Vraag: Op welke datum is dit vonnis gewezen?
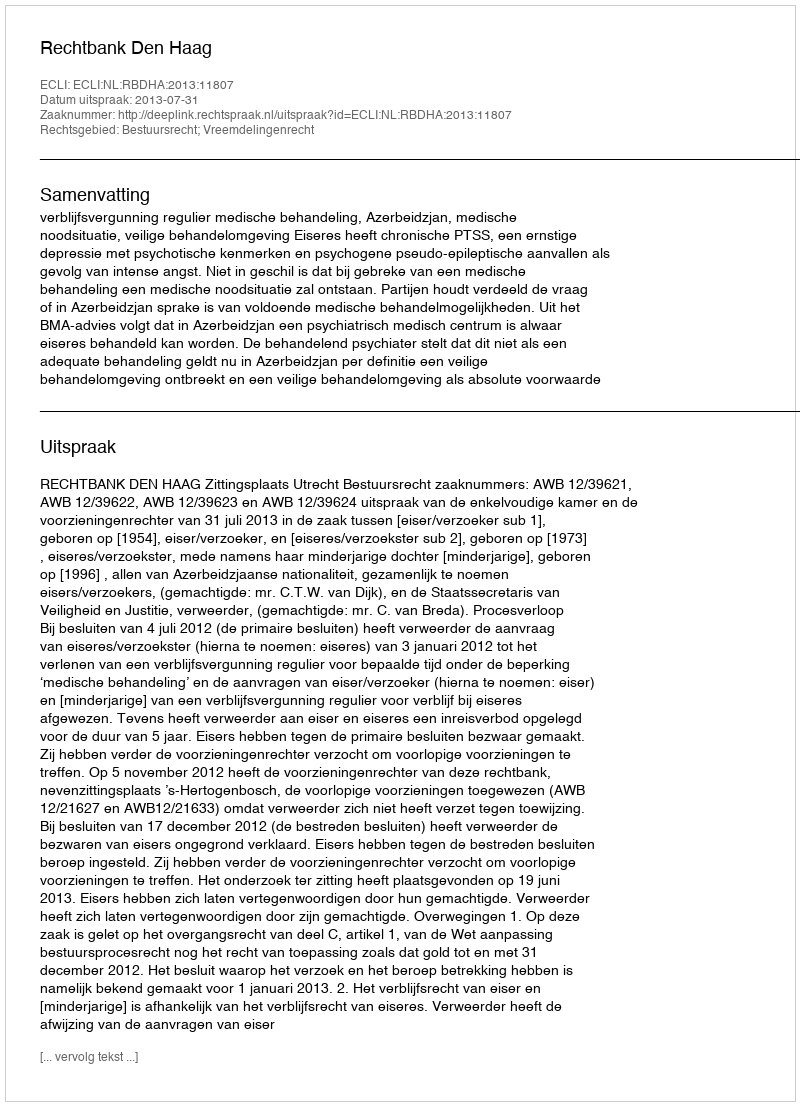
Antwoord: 2013-07-31